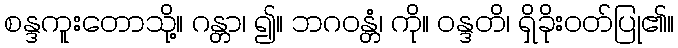
စန္ဒကူးတောသို့။ ဂန္တာ၊ ၍။ ဘဂဝန္တံ၊ ကို။ ဝန္ဒတိ၊ ရှိခိုးဝတ်ပြု၏။